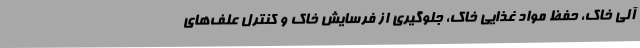
آلی خاک، حفظ مواد غذایی خاک، جلوگیری از فرسایش خاک و کنترل علف‌های